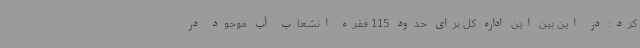
کرد: در این بین این اداره کل برای حدود 115 فقره انشعاب آب موجود در